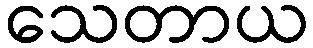
သေတာယ